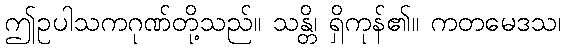
ဤဥပါသကဂုဏ်တို့သည်။ သန္တိ၊ ရှိကုန်၏။ ကတမေဒသ၊